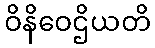
ဝိနိဝေဌိယတိ